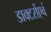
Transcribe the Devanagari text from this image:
डाक्टरोंएवं